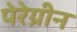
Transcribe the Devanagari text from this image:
पेरेग्रीन